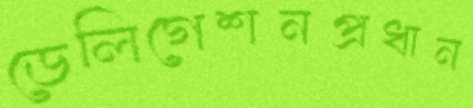
ডেলিগেশনপ্রধান